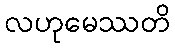
လဟုမေဿတိ